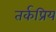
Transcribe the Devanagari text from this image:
तर्कप्रिय